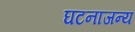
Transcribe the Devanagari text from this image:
घटनाजन्य